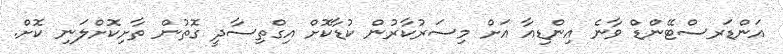
އަންޑަރސްޓޭންޑް ވާނެ އިންޑިއާ އަށް މިސަރުކާރުން ކުޑާކޮށް އިގްތިސާދީ ގޮތުން ތާށިކޮށްލަނި ކޮށް.